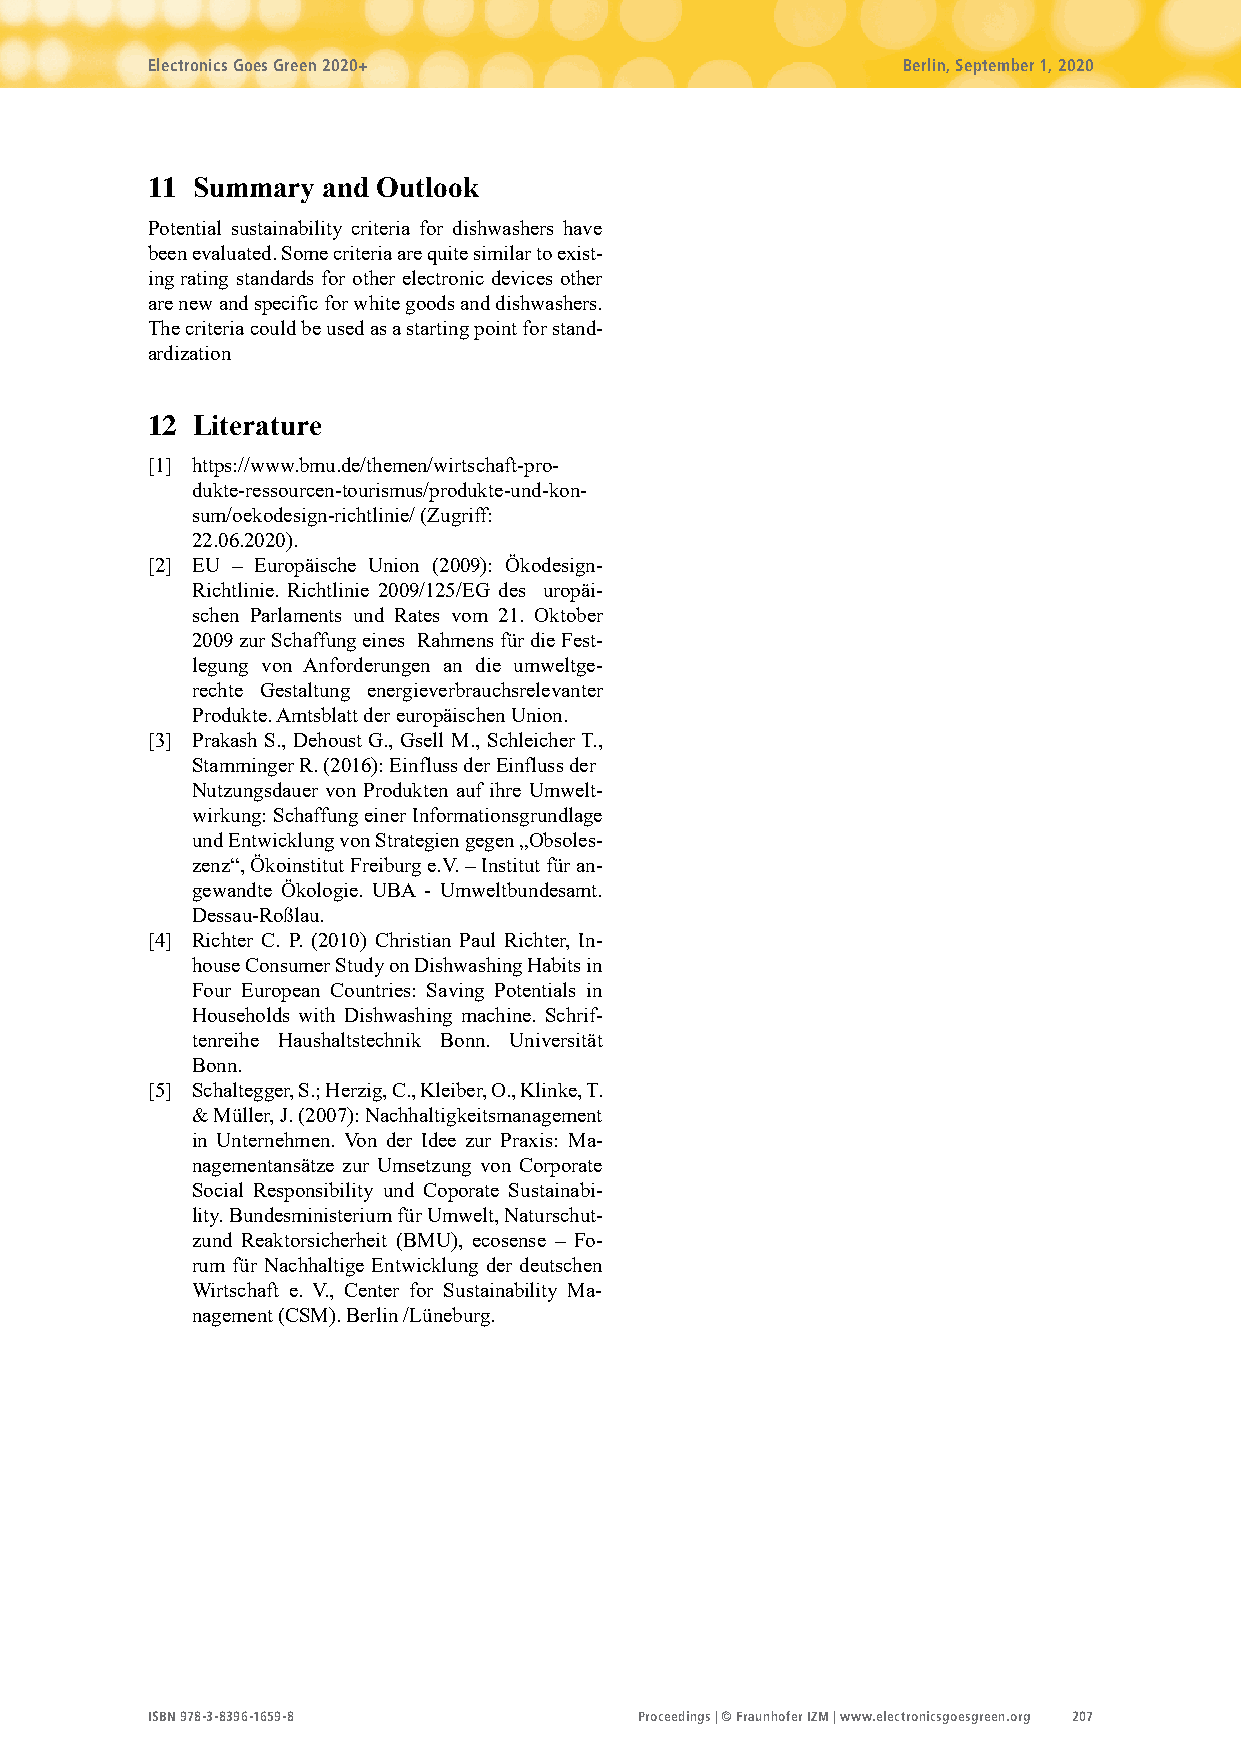
Electronics Goes Green 2020+                      Berlin, September 1, 2020
 11 Summary and Outlook
 Potential sustainability criteria for dishwashers have
 been evaluated. Some criteria are quite similar to exist-
 ing rating standards for other electronic devices other
 are new and specific for white goods and dishwashers.
 The criteria could be used as a starting point for stand-
 ardization
 12 Literature
 [1] https://www.bmu.de/themen/wirtschaft-pro-
 dukte-ressourcen-tourismus/produkte-und-kon-
 sum/oekodesign-richtlinie/ (Zugriff:
 22.06.2020).
 [2] EU – Europäische Union (2009): Ökodesign-
 Richtlinie. Richtlinie 2009/125/EG des uropäi-
 schen Parlaments und Rates vom 21. Oktober
 2009 zur Schaffung eines Rahmens für die Fest-
 legung von Anforderungen an die umweltge-
 rechte Gestaltung energieverbrauchsrelevanter
 Produkte. Amtsblatt der europäischen Union.
 [3] Prakash S., Dehoust G., Gsell M., Schleicher T.,
 Stamminger R. (2016): Einfluss der Einfluss der
 Nutzungsdauer von Produkten auf ihre Umwelt-
 wirkung: Schaffung einer Informationsgrundlage
 und Entwicklung von Strategien gegen „Obsoles-
 zenz“, Ökoinstitut Freiburg e.V. – Institut für an-
 gewandte Ökologie. UBA - Umweltbundesamt.
 Dessau-Roßlau.
 [4] Richter C. P. (2010) Christian Paul Richter, In-
 house Consumer Study on Dishwashing Habits in
 Four European Countries: Saving Potentials in
 Households with Dishwashing machine. Schrif-
 tenreihe Haushaltstechnik Bonn. Universität
 Bonn.
 [5] Schaltegger, S.; Herzig, C., Kleiber, O., Klinke, T.
 & Müller, J. (2007): Nachhaltigkeitsmanagement
 in Unternehmen. Von der Idee zur Praxis: Ma-
 nagementansätze zur Umsetzung von Corporate
 Social Responsibility und Coporate Sustainabi-
 lity. Bundesministerium für Umwelt, Naturschut-
 zund Reaktorsicherheit (BMU), ecosense – Fo-
 rum für Nachhaltige Entwicklung der deutschen
 Wirtschaft e. V., Center for Sustainability Ma-
 nagement (CSM). Berlin /Lüneburg.
 ISBN 978-3-8396-1659-8          Proceedings | © Fraunhofer IZM | www.electronicsgoesgreen.org 207